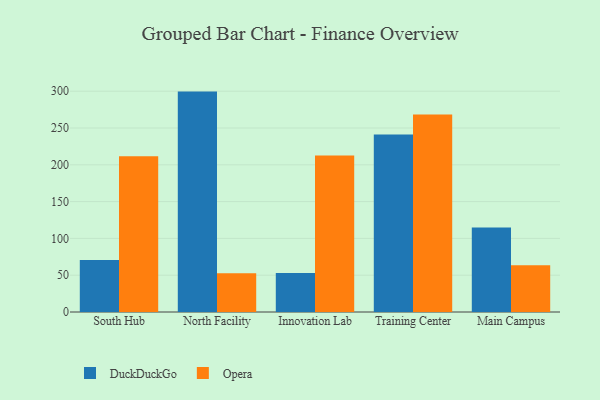
{"axis": {"x": "Campus", "y": "Headcount"}, "legend": ["DuckDuckGo", "Opera"], "data": [{"x": "South Hub", "y": 70.6, "type": "DuckDuckGo"}, {"x": "South Hub", "y": 211.7, "type": "Opera"}, {"x": "North Facility", "y": 299.5, "type": "DuckDuckGo"}, {"x": "North Facility", "y": 52.6, "type": "Opera"}, {"x": "Innovation Lab", "y": 53.0, "type": "DuckDuckGo"}, {"x": "Innovation Lab", "y": 212.6, "type": "Opera"}, {"x": "Training Center", "y": 241.3, "type": "DuckDuckGo"}, {"x": "Training Center", "y": 268.5, "type": "Opera"}, {"x": "Main Campus", "y": 114.9, "type": "DuckDuckGo"}, {"x": "Main Campus", "y": 63.6, "type": "Opera"}]}